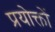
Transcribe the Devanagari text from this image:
प्रयोक्तों